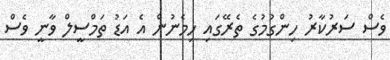
ވެސް ސަރުކާރު ހިންގުމުގެ ތެރޭގައި ހިމެނުން އެ އަޑު ތަމްސީލް ވާނީ ވެސް